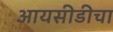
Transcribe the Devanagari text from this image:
आयसीडीचा